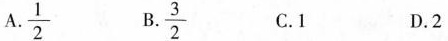
A.\frac { 1 } { 2 } B. \frac { 3 } { 2 } C.1 D.2